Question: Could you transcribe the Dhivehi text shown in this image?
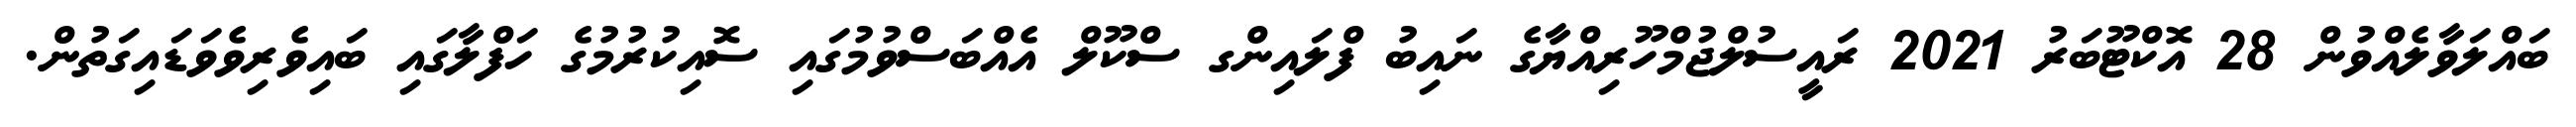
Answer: ބައްލަވާލެއްވުން 28 އޮކްޓޫބަރު 2021 ރައީސުލްޖުމްހޫރިއްޔާގެ ނައިބު ފްލައިންގ ސްކޫލް އެއްބަސްވުމުގައި ސޮއިކުރުމުގެ ހަފްލާގައި ބައިވެރިވެވަޑައިގަތުން.